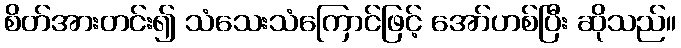
စိတ်အားတင်း၍ သံသေးသံကြောင်ဖြင့် အော်ဟစ်ပြီး ဆိုသည်။